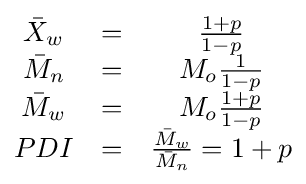
{\begin{matrix}{\bar {X}}_{w}&=&{\frac {1+p}{1-p}}\\{\bar {M}}_{n}&=&M_{o}{\frac {1}{1-p}}\\{\bar {M}}_{w}&=&M_{o}{\frac {1+p}{1-p}}\\PDI&=&{\frac {{\bar {M}}_{w}}{{\bar {M}}_{n}}}=1+p\\\end{matrix}}